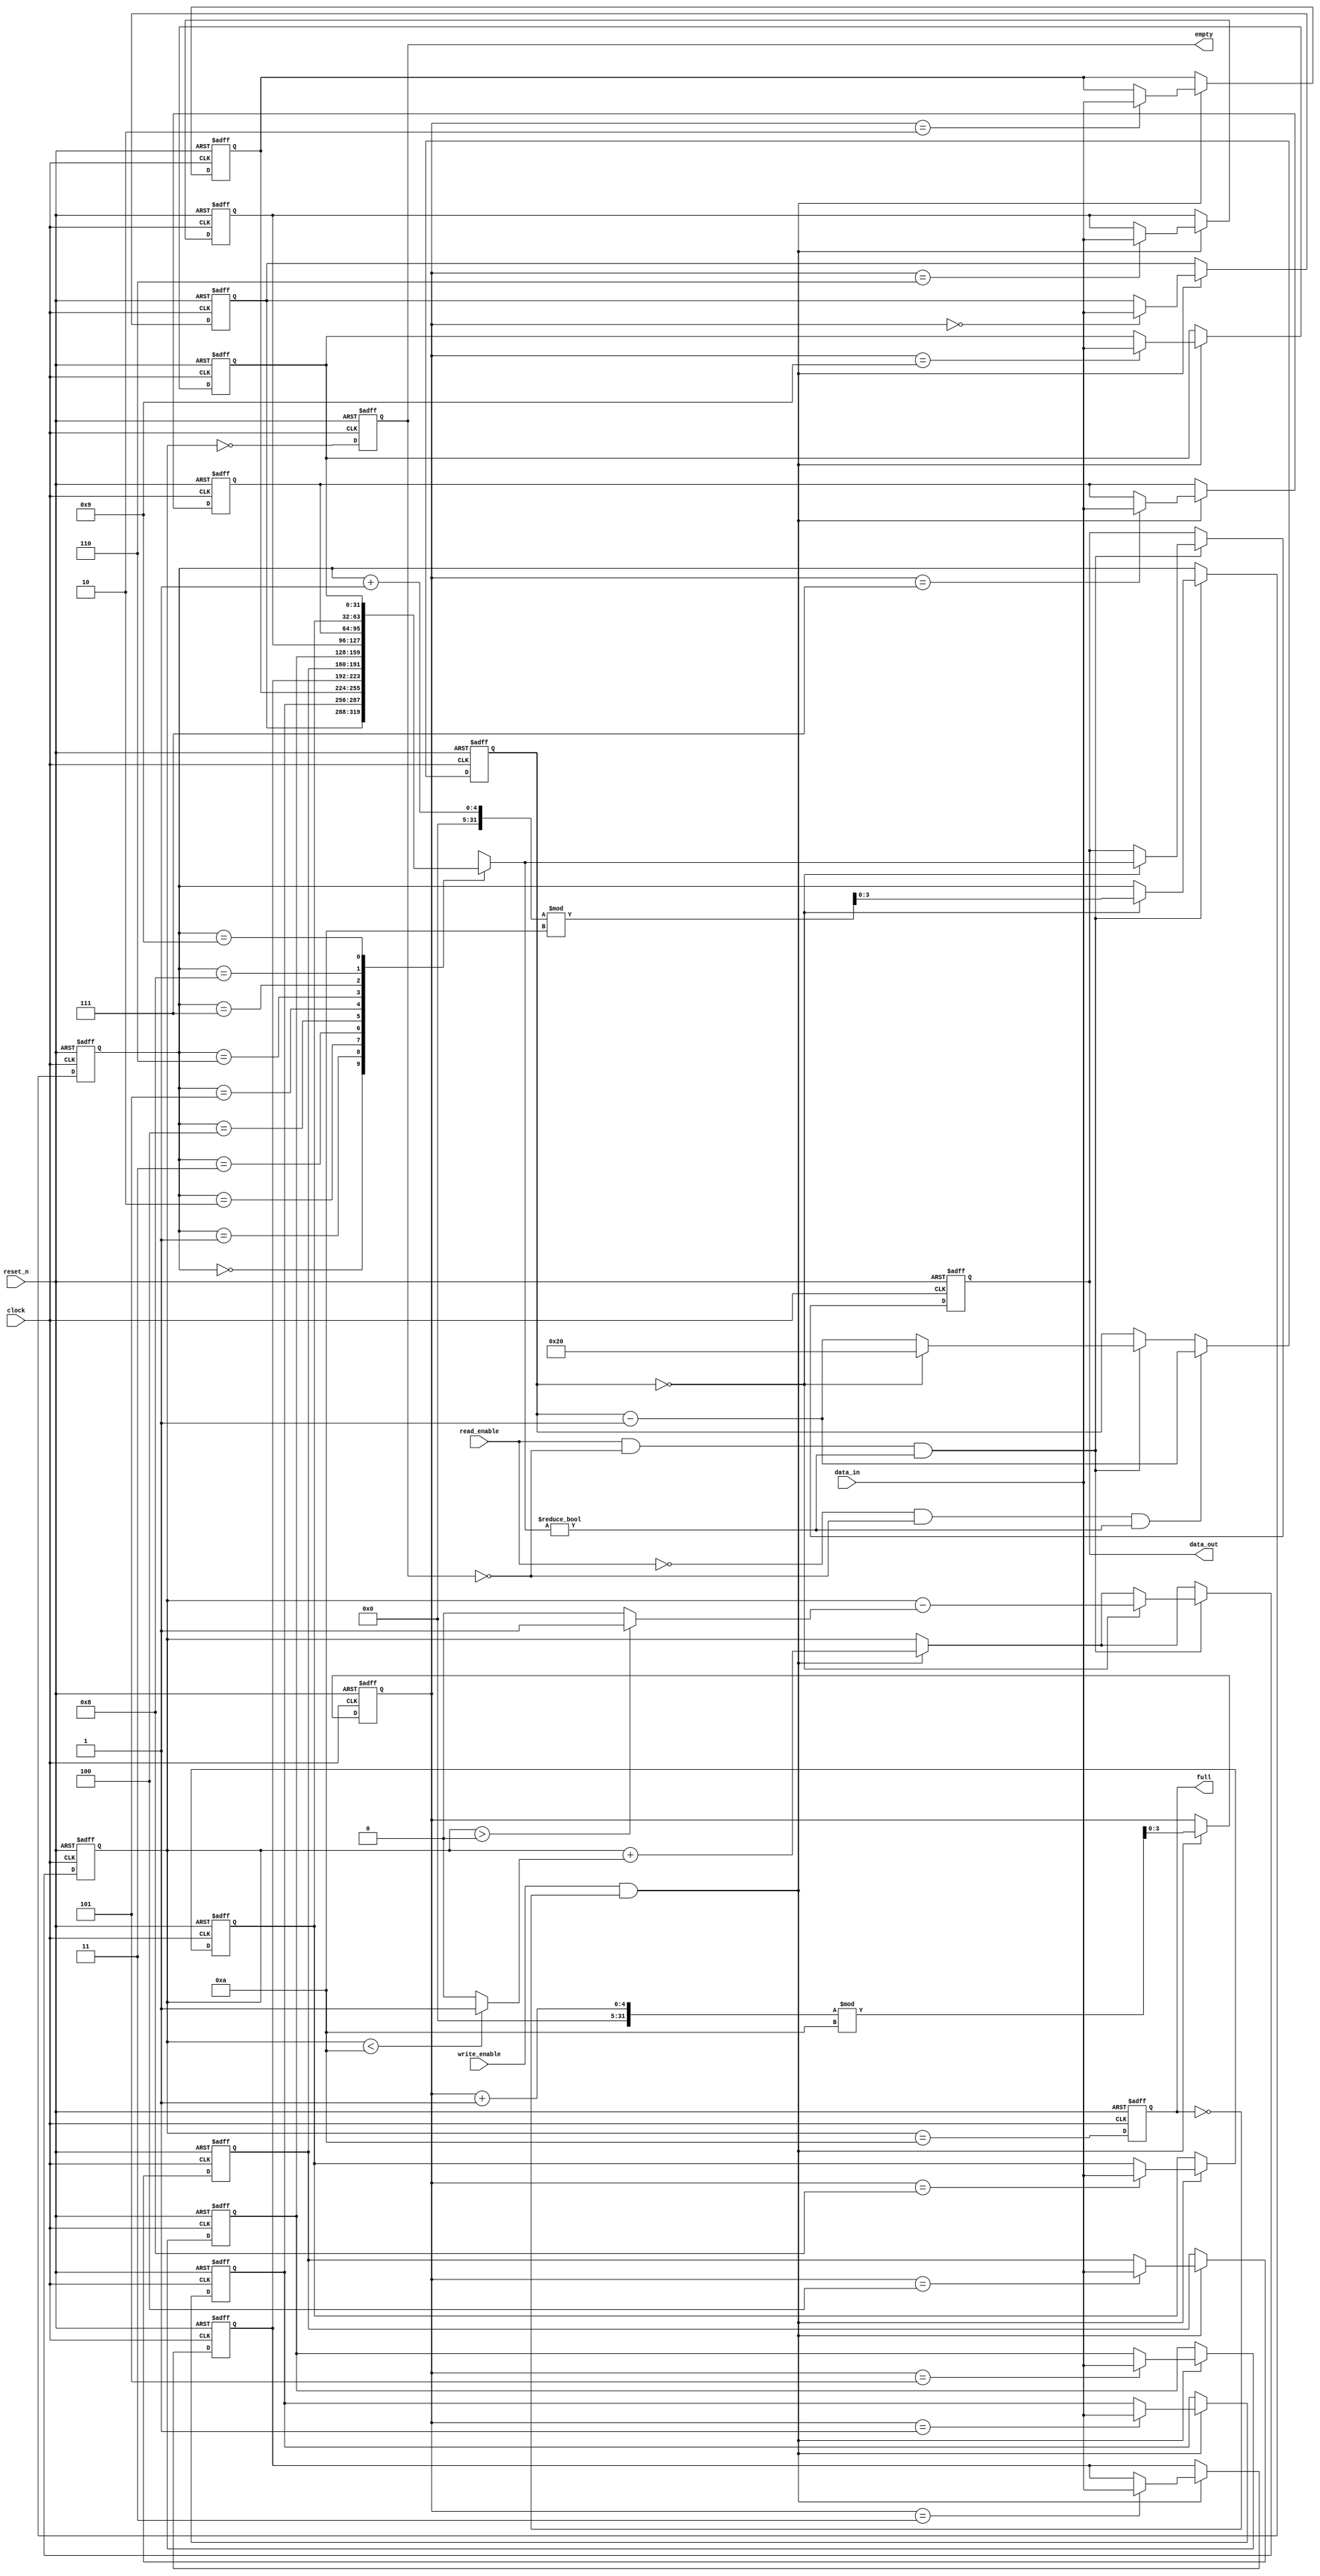
module fifo (
    input clock,
    input reset_n,
    input write_enable,
    input read_enable,
    input [31:0] data_in,
    output reg [31:0] data_out,
    output reg full,
    output reg empty
);

    localparam FIFO_DEPTH = 10;
    localparam READ_DELAY = 32; // Number of clock cycles to hold data_out
    reg [31:0] buffer[FIFO_DEPTH-1:0];
    reg [3:0] write_ptr, read_ptr;
    reg [4:0] count;
    reg [5:0] delay_counter; // Delay counter
    integer i;

    always @(posedge clock or negedge reset_n) begin
        if (!reset_n) begin
            // Reset logic
            write_ptr <= 0;
            read_ptr <= 0;
            count <= 0;
            empty <= 1;
            full <= 0;
            data_out <= 32'b0;
            delay_counter <= 32;
            for (i = 0; i < FIFO_DEPTH; i = i + 1) begin
                buffer[i] <= 32'b0;
            end
        end else begin
            // Write operation
            if (write_enable && !full) begin
                buffer[write_ptr] <= data_in;
                write_ptr <= (write_ptr + 1) % FIFO_DEPTH;
                count <= count + (count < FIFO_DEPTH ? 1 : 0);
		 $display("%t: FIFO Write: Data = %h, Write Ptr = %d, Count = %d", $time, data_in, write_ptr, count);
            end
            
            // Read operation with delay
            if (read_enable && !empty && buffer[read_ptr] != 32'b0) begin
                if (delay_counter == 0) begin
                    data_out <= buffer[read_ptr];
                    read_ptr <= (read_ptr + 1) % FIFO_DEPTH;
                    count <= count - (count > 0 ? 1 : 0);
		    $display("%t: FIFO Read: Data = %h, Read Ptr = %d, Count = %d", $time, data_out, read_ptr, count);
                    delay_counter <= READ_DELAY; // Reset delay counter
                end else begin
                    delay_counter <= delay_counter - 1; // Countdown
                end
            end
	    if (!read_enable && !empty && buffer[read_ptr] != 32'b0) begin
		delay_counter <= delay_counter - 1;
	    end

            // Update full and empty flags
            full <= (count == FIFO_DEPTH);
            empty <= (count == 0);
        end
    end
endmodule